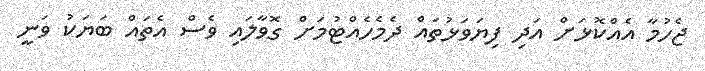
ޖެހުމާ އެއްކޮޅަށް އަދި ފިޔަވަޅުތައް ދެމެހެއްޓުމަށް ގޮވާލައި ވެސް އެތައް ބަޔަކު ވަނީ